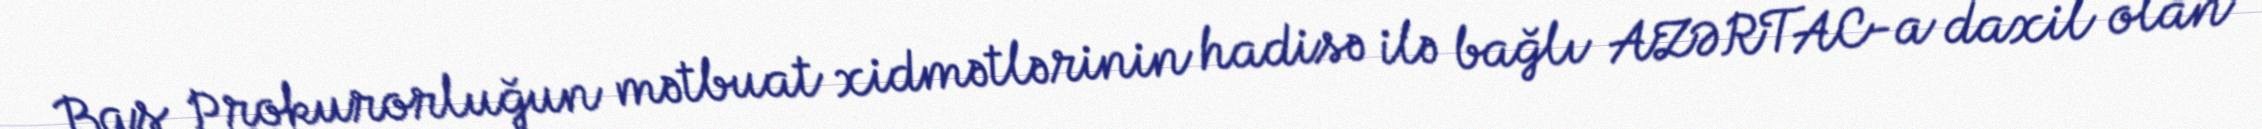
Baş Prokurorluğun mətbuat xidmətlərinin hadisə ilə bağlı AZƏRTAC-a daxil olan